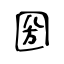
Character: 圀